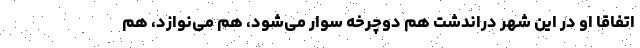
اتفاقا او در این شهر دراندشت هم دوچرخه سوار می‌شود، هم می‌نوازد، هم